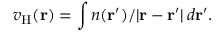
v _ { \mathrm { H } } ( \mathbf { r } ) = \int n ( \mathbf { r } ^ { \prime } ) / | \mathbf { r } - \mathbf { r } ^ { \prime } | \, d \mathbf { r } ^ { \prime } .